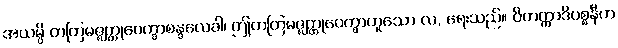
အယမ္ပိ တတြမဇ္ဈတ္တုပေက္ခာစန္ဒလေခါ၊ ဤတတြမဇ္ဈတ္တုပေက္ခာဟူသော လ, ရေးသည်။ ဝိတက္ကာဒိပစ္စနီက